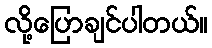
လို့ပြောချင်ပါတယ်။